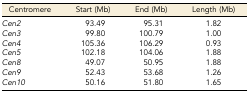
<table><thead><tr><td><b>Centromere</b></td><td><b>Start (Mb)</b></td><td><b>End (Mb)</b></td><td><b>Length (Mb)</b></td></tr></thead><tbody><tr><td><i>Cen2</i></td><td>93.49</td><td>95.31</td><td>1.82</td></tr><tr><td><i>Cen3</i></td><td>99.80</td><td>100.79</td><td>1.00</td></tr><tr><td><i>Cen4</i></td><td>105.36</td><td>106.29</td><td>0.93</td></tr><tr><td><i>Cen5</i></td><td>102.18</td><td>104.06</td><td>1.88</td></tr><tr><td><i>Cen8</i></td><td>49.07</td><td>50.95</td><td>1.88</td></tr><tr><td><i>Cen9</i></td><td>52.43</td><td>53.68</td><td>1.26</td></tr><tr><td><i>Cen10</i></td><td>50.16</td><td>51.80</td><td>1.65</td></tr></tbody></table>